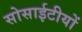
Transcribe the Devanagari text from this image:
सोसाईटीयों